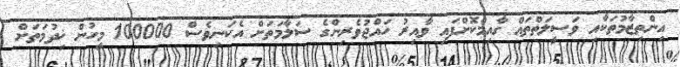
އިންތިޒާމުތަކާއި ވަސީލަތްތައް ގާއިމްކޮށްފައި ވާއިރު ހައްޖުވެރިންގެ ސަލާމަތަށް އެކަނިވެސް 100000 މީހުން ޚިދުމަތަށް